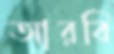
আরবি